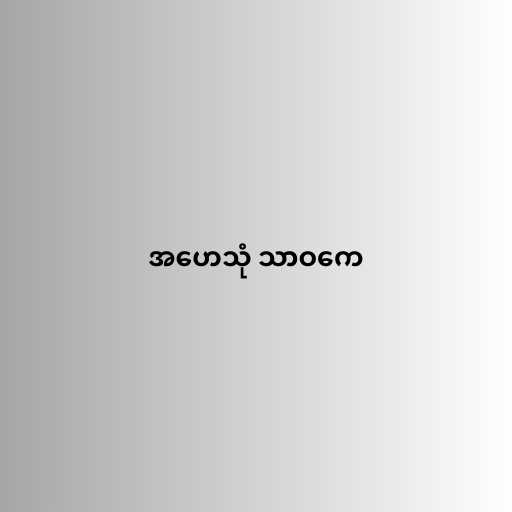
အဟေသုံ သာဝကေ